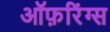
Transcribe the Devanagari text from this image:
ऑफ़रिंग्स